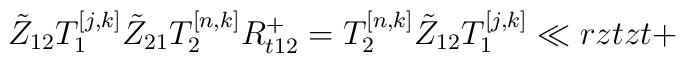
\tilde Z_{12} T_{1}^{[j,k]}\tilde Z_{21} T^{[n,k]}_{2}{R}_{t12}^+=  T^{[n,k]}_{2} \tilde Z_{12} T^{[j,k]}_{1}\ll{rztzt+}